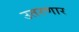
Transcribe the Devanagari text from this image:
उतरणार